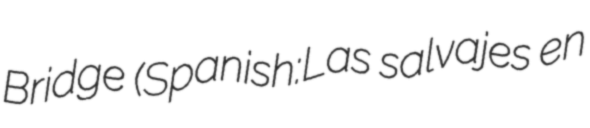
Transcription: Bridge (Spanish:Las salvajes en